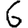
Digit: 6